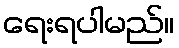
ရေးရပါမည်။